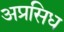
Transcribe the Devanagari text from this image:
अप्रसिध